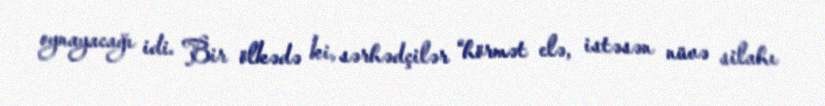
oynayacağı idi. Bir ölkədə ki, sərhədçilər “hörmət elə, istəsən nüvə silahı